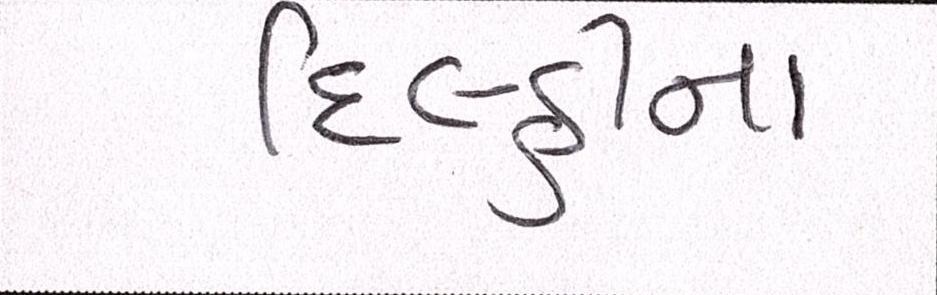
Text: દિલ્હીના